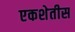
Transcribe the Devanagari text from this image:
एकशेतीस